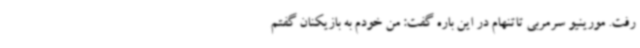
رفت. مورینیو سرمربی تاتنهام در این باره گفت: من خودم به بازیکنان گفتم